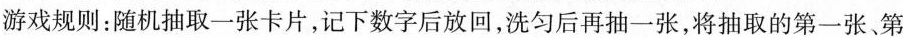
游戏规则：随机抽取一张卡片，记下数字后放回，洗匀后再抽一张，将抽取的第一张、第